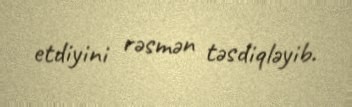
etdiyini rəsmən təsdiqləyib.